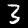
Label: 3